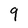
Character: 9